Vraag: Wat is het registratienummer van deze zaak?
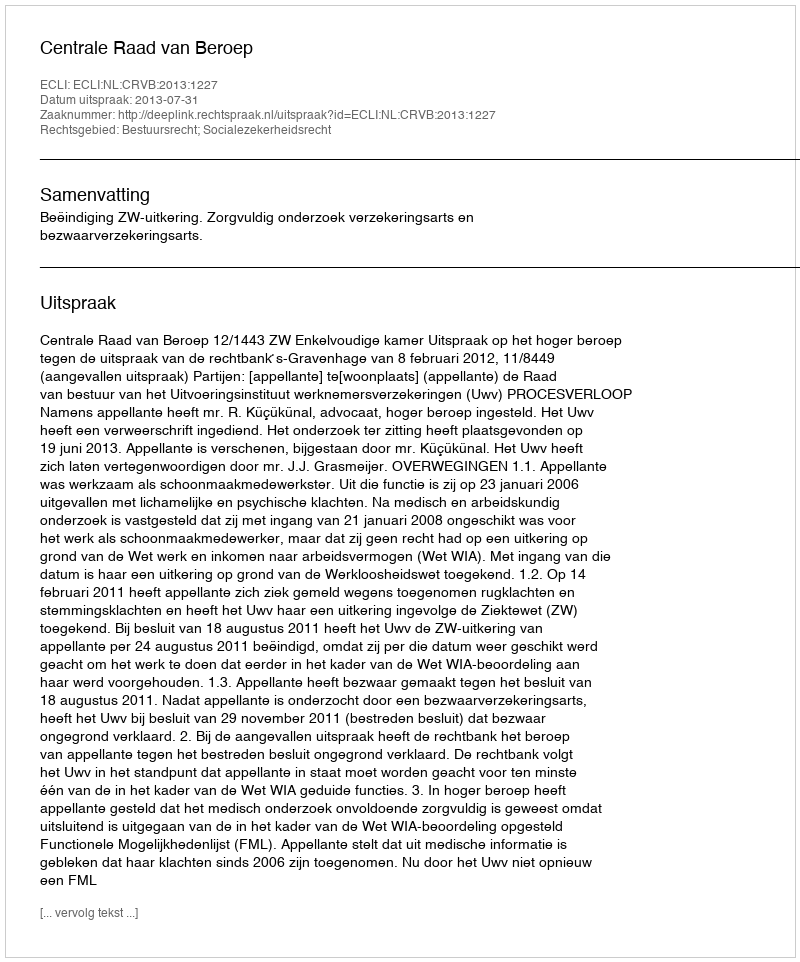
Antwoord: http://deeplink.rechtspraak.nl/uitspraak?id=ECLI:NL:CRVB:2013:1227